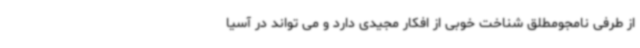
از طرفی نامجومطلق شناخت خوبی از افکار مجیدی دارد و می تواند در آسیا